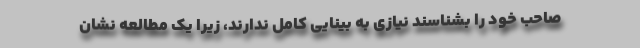
صاحب خود را بشناسند نیازی به بینایی کامل ندارند، زیرا یک مطالعه نشان